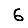
Digit: 6